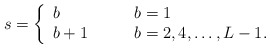
\begin{align*}s=\left\{\begin{array}{ll}b & \qquad b=1 \\b+1 & \qquad b=2,4,\ldots,L-1.\end{array} \right.\end{align*}